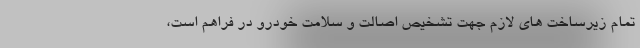
تمام زیرساخت های لازم جهت تشخیص اصالت و سلامت خودرو در فراهم است،